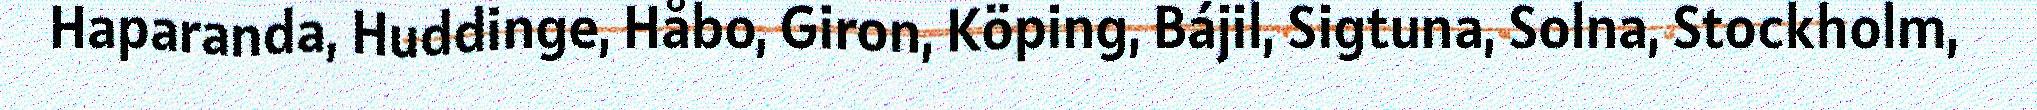
Haparanda, Huddinge, Håbo, Giron, Köping, Bájil, Sigtuna, Solna, Stockholm,